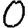
Digit: 0